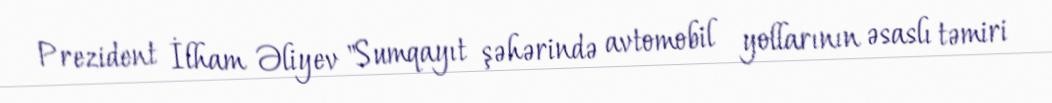
Prezident İlham Əliyev "Sumqayıt şəhərində avtomobil yollarının əsaslı təmiri